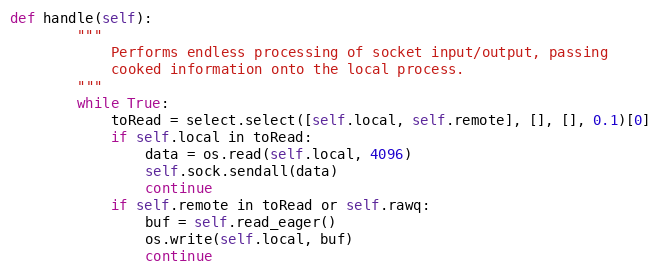
Language: Python
def handle(self):
        """
            Performs endless processing of socket input/output, passing
            cooked information onto the local process.
        """
        while True:
            toRead = select.select([self.local, self.remote], [], [], 0.1)[0]
            if self.local in toRead:
                data = os.read(self.local, 4096)
                self.sock.sendall(data)
                continue
            if self.remote in toRead or self.rawq:
                buf = self.read_eager()
                os.write(self.local, buf)
                continue